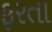
ફરતા